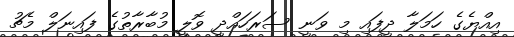
އިއްޔެގެ ހަމަލާ ދީފައި މި ވަނީ ސަރަހައްދީ ވޮލީ މުބާރާތުގެ ފައިނަލް މެޗު